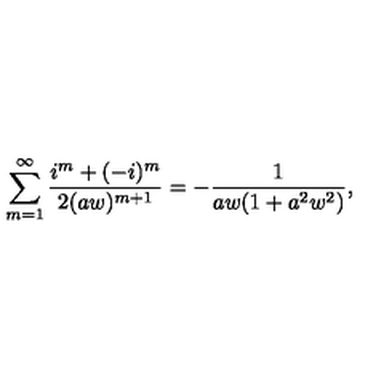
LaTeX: \sum _ { m = 1 } ^ { \infty } \frac { i ^ { m } + ( - i ) ^ { m } } { 2 ( a w ) ^ { m + 1 } } = - \frac { 1 } { a w ( 1 + a ^ { 2 } w ^ { 2 } ) } ,